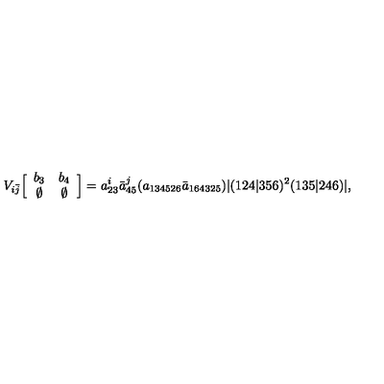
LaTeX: V _ { i \bar { j } } \Big [ \begin{array} { c c } { b _ { 3 } } & { b _ { 4 } } \\ { \emptyset } & { \emptyset } \\ \end{array} \Big ] = a _ { 2 3 } ^ { i } \bar { a } _ { 4 5 } ^ { j } ( a _ { 1 3 4 5 2 6 } \bar { a } _ { 1 6 4 3 2 5 } ) | ( 1 2 4 | 3 5 6 ) ^ { 2 } ( 1 3 5 | 2 4 6 ) | ,